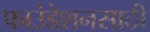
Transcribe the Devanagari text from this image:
फाउंडेशनसाठी